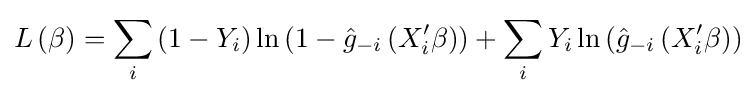
L\left(\beta \right)=\sum _{i}\left(1-Y_{i}\right)\ln \left(1-{\hat {g}}_{-i}\left(X'_{i}\beta \right)\right)+\sum _{i}Y_{i}\ln \left({\hat {g}}_{-i}\left(X'_{i}\beta \right)\right)